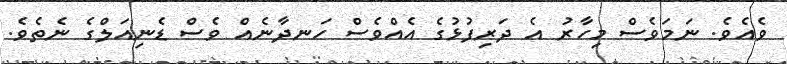
ވެއެވެ. ނަމަވެސް މިހާރު އެ ދަރިފުޅުގެ އެއްވެސް ހަނދާނެއް ވެސް ޑެނިއަލްގެ ނެތެވެ.